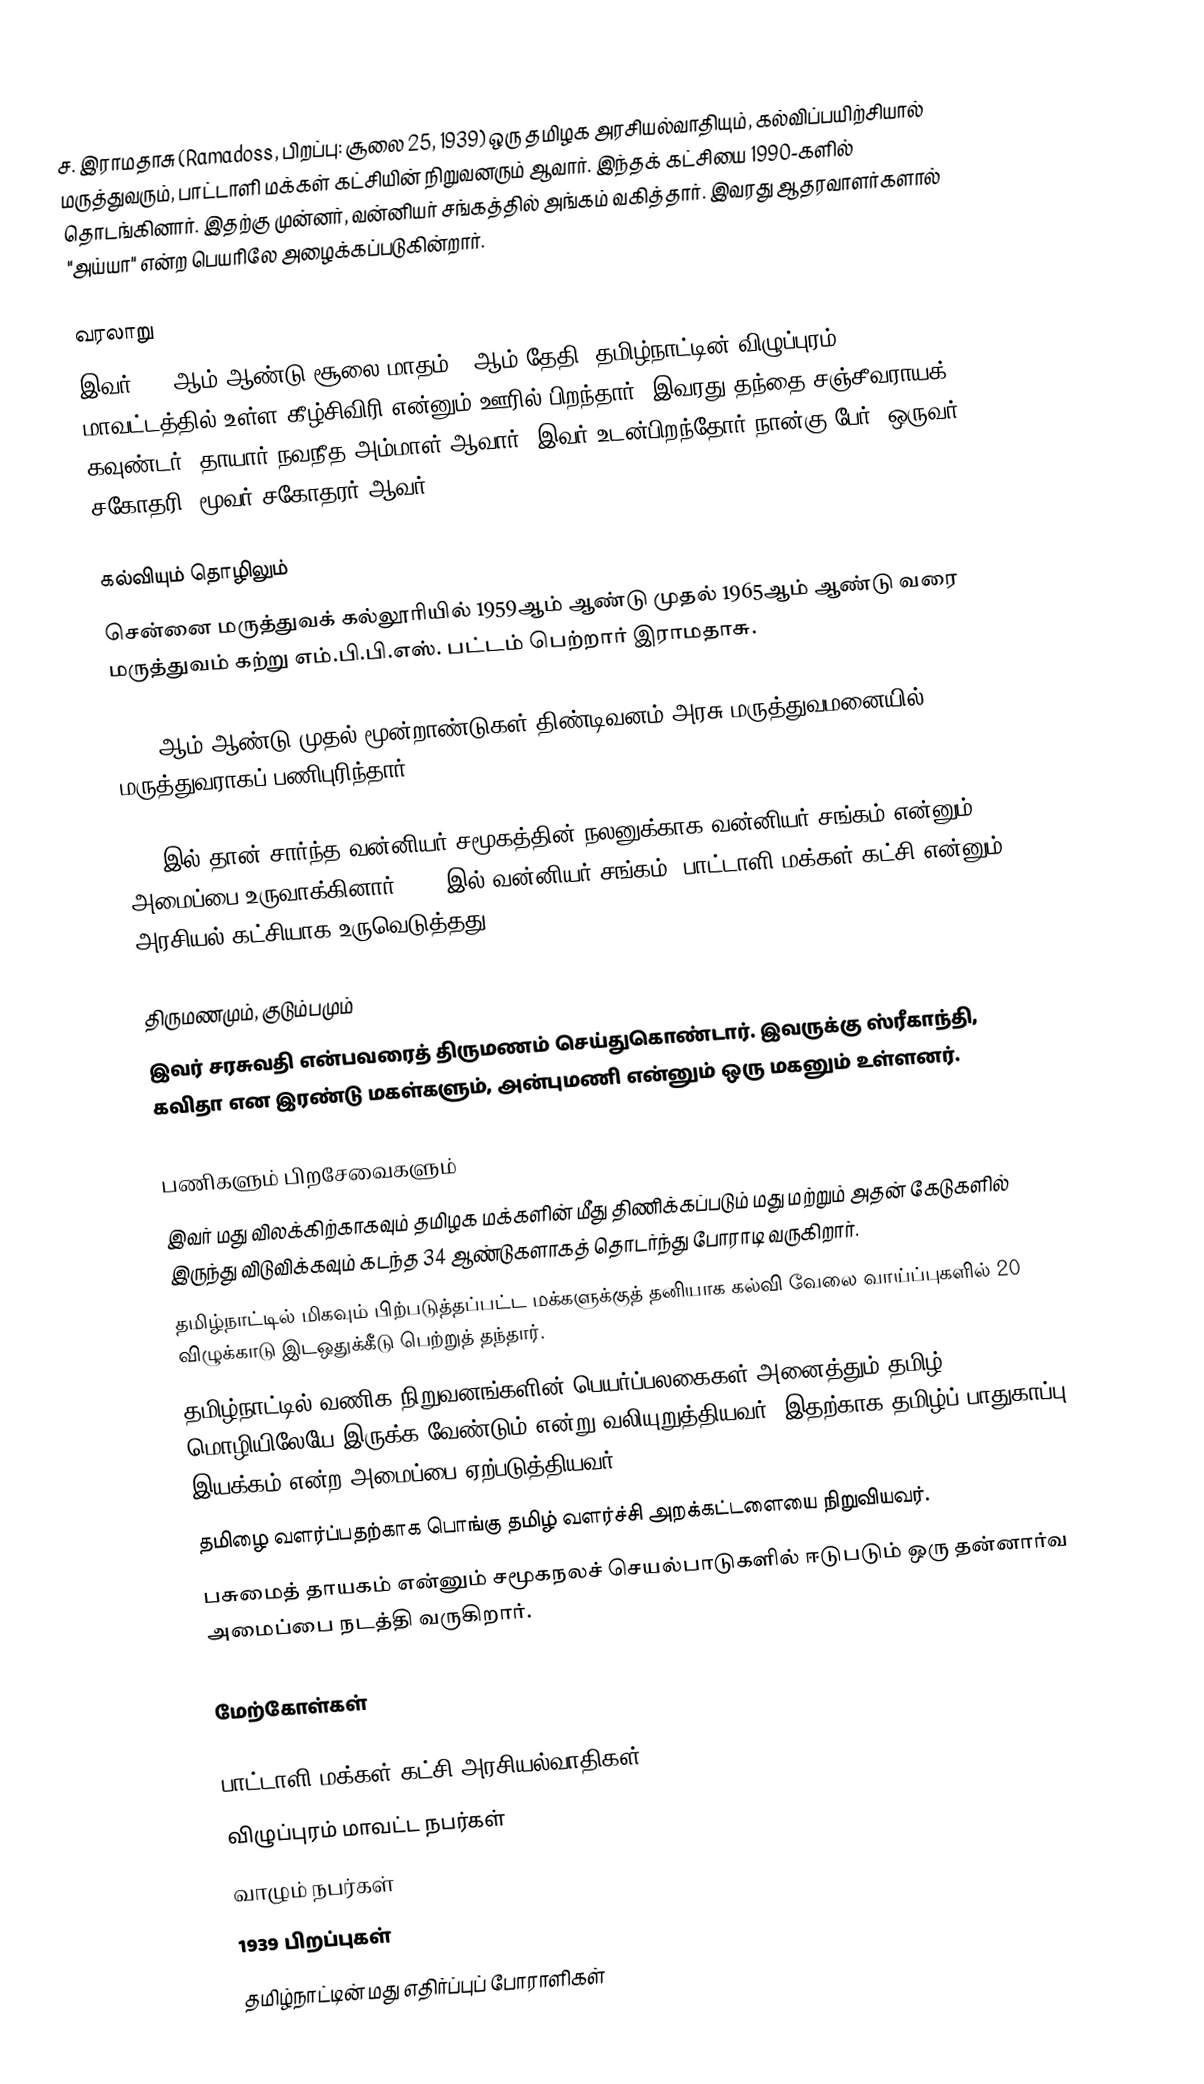
ச. இராமதாசு (Ramadoss,  பிறப்பு: சூலை 25, 1939) ஒரு தமிழக அரசியல்வாதியும், கல்விப்பயிற்சியால் மருத்துவரும், பாட்டாளி மக்கள் கட்சியின் நிறுவனரும் ஆவார். இந்தக் கட்சியை 1990-களில் தொடங்கினார். இதற்கு முன்னர், வன்னியர் சங்கத்தில் அங்கம் வகித்தார். இவரது ஆதரவாளர்களால் "அய்யா" என்ற பெயரிலே அழைக்கப்படுகின்றார்.

வரலாறு
இவர் 1939ஆம் ஆண்டு சூலை மாதம் 25ஆம் தேதி, தமிழ்நாட்டின் விழுப்புரம் மாவட்டத்தில் உள்ள கீழ்சிவிரி என்னும் ஊரில் பிறந்தார். இவரது தந்தை சஞ்சீவராயக் கவுண்டர், தாயார் நவநீத அம்மாள் ஆவார். இவர் உடன்பிறந்தோர் நான்கு பேர். ஒருவர் சகோதரி, மூவர் சகோதரர் ஆவர்.

கல்வியும் தொழிலும்
சென்னை மருத்துவக் கல்லூரியில் 1959ஆம் ஆண்டு முதல் 1965ஆம் ஆண்டு வரை மருத்துவம் கற்று எம்.பி.பி.எஸ். பட்டம் பெற்றார் இராமதாசு.

1965 ஆம் ஆண்டு முதல் மூன்றாண்டுகள் திண்டிவனம் அரசு மருத்துவமனையில் மருத்துவராகப் பணிபுரிந்தார்.

1980இல் தான் சார்ந்த வன்னியர் சமூகத்தின் நலனுக்காக வன்னியர் சங்கம் என்னும் அமைப்பை உருவாக்கினார். 1990இல் வன்னியர் சங்கம், பாட்டாளி மக்கள் கட்சி என்னும் அரசியல் கட்சியாக உருவெடுத்தது.

திருமணமும், குடும்பமும்
இவர் சரசுவதி என்பவரைத் திருமணம் செய்துகொண்டார். இவருக்கு ஸ்ரீகாந்தி, கவிதா என இரண்டு மகள்களும், அன்புமணி என்னும் ஒரு மகனும் உள்ளனர்.

பணிகளும் பிறசேவைகளும்
 இவர் மது விலக்கிற்காகவும் தமிழக மக்களின் மீது திணிக்கப்படும் மது மற்றும் அதன் கேடுகளில் இருந்து விடுவிக்கவும் கடந்த 34 ஆண்டுகளாகத் தொடர்ந்து போராடி வருகிறார்.
 தமிழ்நாட்டில் மிகவும் பிற்படுத்தப்பட்ட மக்களுக்குத் தனியாக கல்வி வேலை வாய்ப்புகளில் 20 விழுக்காடு இடஒதுக்கீடு பெற்றுத் தந்தார்.
 தமிழ்நாட்டில் வணிக நிறுவனங்களின் பெயர்ப்பலகைகள் அனைத்தும் தமிழ் மொழியிலேயே இருக்க வேண்டும் என்று வலியுறுத்தியவர். இதற்காக தமிழ்ப் பாதுகாப்பு இயக்கம் என்ற அமைப்பை ஏற்படுத்தியவர்.
 தமிழை வளர்ப்பதற்காக பொங்கு தமிழ் வளர்ச்சி அறக்கட்டளையை நிறுவியவர்.
 பசுமைத் தாயகம் என்னும் சமூகநலச் செயல்பாடுகளில் ஈடுபடும் ஒரு தன்னார்வ அமைப்பை நடத்தி வருகிறார்.

மேற்கோள்கள்

பாட்டாளி மக்கள் கட்சி அரசியல்வாதிகள்
விழுப்புரம் மாவட்ட நபர்கள்
வாழும் நபர்கள்
1939 பிறப்புகள்
தமிழ்நாட்டின் மது எதிர்ப்புப் போராளிகள்